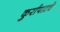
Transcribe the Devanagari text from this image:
कुर्रापाटचे